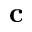
\mathbf { c }